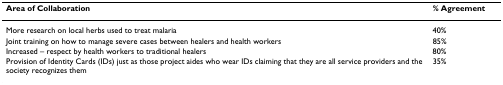
| Area of Collaboration | % Agreement |
 | --- | --- |
 | More research on local herbs used to treat malaria | 40% |
 | Joint training on how to manage severe cases between healers and health workers | 85% |
 | Increased – respect by health workers to traditional healers | 80% |
 | Provision of Identity Cards (IDs) just as those project aides who wear IDs claiming that they are all service providers and the society recognizes them | 35% |